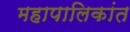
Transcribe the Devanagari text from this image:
महापालिकांत